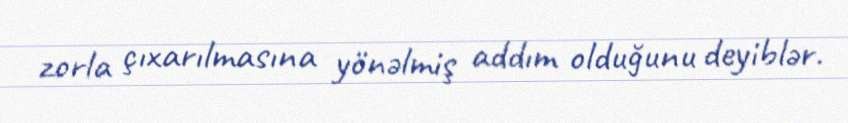
zorla çıxarılmasına yönəlmiş addım olduğunu deyiblər.